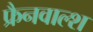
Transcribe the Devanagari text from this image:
फ्रैनवाल्श